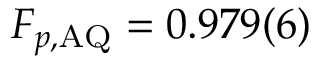
F _ { p , \mathrm { A Q } } = 0 . 9 7 9 ( 6 )